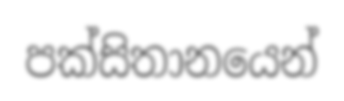
පක්සිතානයෙන්